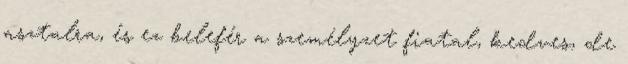
asztalra, és ez belefér a személyzet fiatal, kedves, de